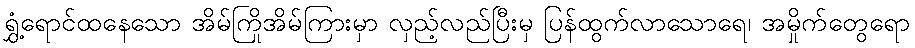
ရွှံ့ရောင်ထနေသော အိမ်ကြိုအိမ်ကြားမှာ လှည့်လည်ပြီးမှ ပြန်ထွက်လာသောရေ၊ အမှိုက်တွေရော